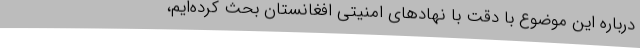
درباره این موضوع با دقت با نهادهای امنیتی افغانستان بحث کرده‌ایم،